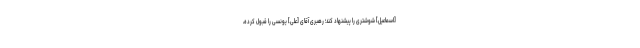
[اسماعیل] شوشترى را پیشنهاد كند؛ رهبری آقای [علی] یونسى را قبول ‌كرده،